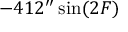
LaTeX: - 4 1 2 ^ { \prime \prime } \sin ( 2 F )